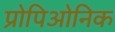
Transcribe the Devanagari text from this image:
प्रोपिओनिक